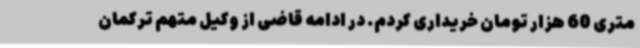
متری 60 هزار تومان خریداری کردم. در ادامه قاضی از وکیل متهم ترکمان